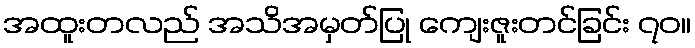
အထူးတလည် အသိအမှတ်ပြု ကျေးဇူးတင်ခြင်း ၇၀။